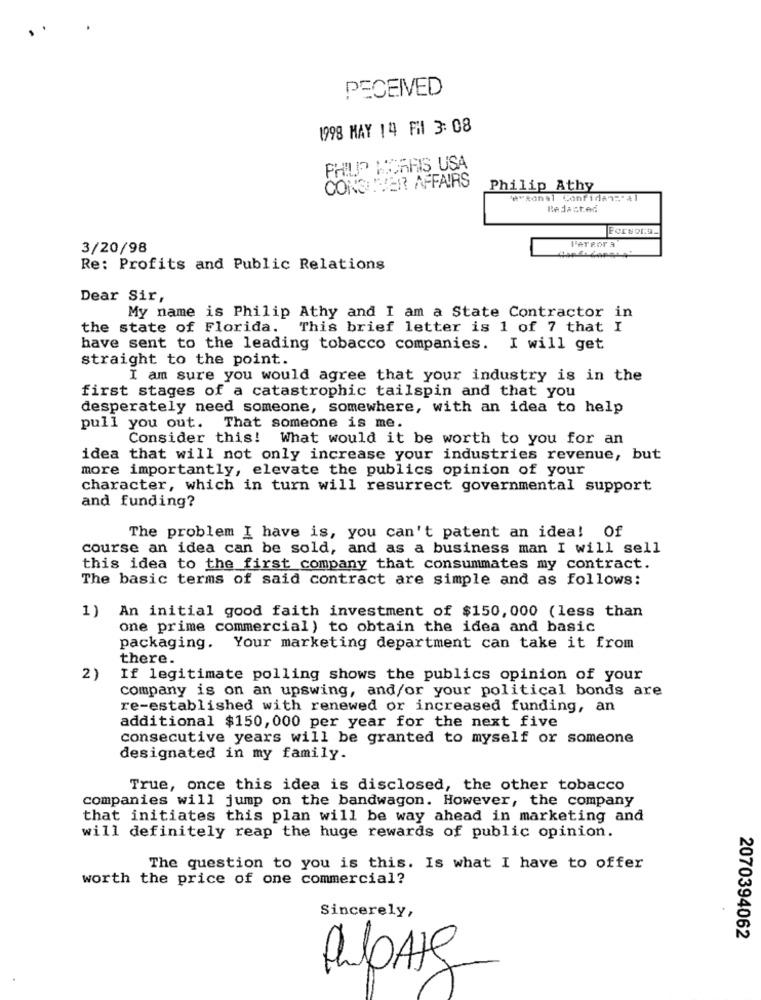
PECEIVED
1998 MAY 14 Fil 3: 08
PHILIP MORRIS USA
CONSERVER AFFAIRS
Philip Athy
"e"Ronal Confiden: 41
Redacted
Forsort.
3/20/98
F'ereor a
Re: Profits and Public Relations
Dear Sir,
My name is Philip Athy and I am a State Contractor in
the state of Florida. This brief letter is 1 of 7 that I
have sent to the leading tobacco companies. I will get
straight to the point.
I am sure you would agree that your industry is in the
first stages of a catastrophic tailspin and that you
desperately need someone, somewhere, with an idea to help
pull you out. That someone is me.
Consider this! What would it be worth to you for an
idea that will not only increase your industries revenue, but
more importantly, elevate the publics opinion of your
character, which in turn will resurrect governmental support
and funding?
The problem I have is, you can't patent an idea! Of
course an idea can be sold, and as a business man I will sell
this idea to the first company that consummates my contract.
The basic terms of said contract are simple and as follows:
1) An initial good faith investment of $150, 000 (less than
one prime commercial) to obtain the idea and basic
packaging. Your marketing department can take it from
there.
2)
If legitimate polling shows the publics opinion of your
company is on an upswing, and/or your political bonds are
re-established with renewed or increased funding, an
additional $150, 000 per year for the next five
consecutive years will be granted to myself or someone
designated in my family.
True, once this idea is disclosed, the other tobacco
companies will jump on the bandwagon. However, the company
that initiates this plan will be way ahead in marketing and
will definitely reap the huge rewards of public opinion.
The question to you is this. Is what I have to offer
worth the price of one commercial?
Sincerely,
2070394062